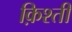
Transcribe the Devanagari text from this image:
क़िश्ती